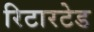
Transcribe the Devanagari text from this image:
रिटारटेड